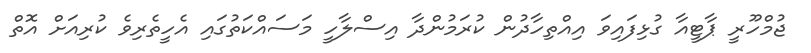
ޖުމްހޫރީ ޕާޓީއާ ގުޅިފައިވަ އިއްތިހާދުން ކުރަމުންދާ އިސްލާހީ މަސައްކަތުގައި އެހީތެރިވެ ކުރިއަށް އޮތް